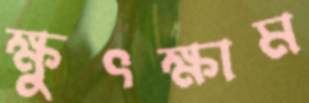
ক্ষুৎক্ষাম